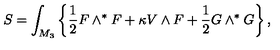
S = \int _ { M _ { 3 } } \left\{ \frac 1 2 F \wedge ^ { * } F + \kappa V \wedge F + \frac 1 2 G \wedge ^ { * } G \right\} ,